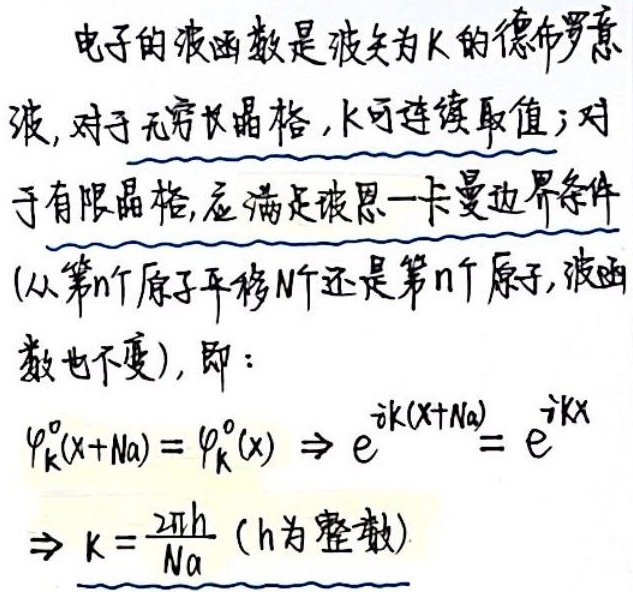
电子的波函数是波矢为$K$的德布罗意
波, 对于无穷长晶格, $k$可连续取值; 对
于有限晶格, 应满足玻恩一卡曼边界条件
(从第$n$个原子平移$N$个还是第$n$个原子, 波函
数也不变), 即：
\[
\begin{align*}
\varphi_{k}^{0}(x + Na)=\varphi_{k}^{0}(x) &\Rightarrow e^{ik(x + Na)} = e^{ikx}\\
&\Rightarrow k=\frac{2\pi h}{Na} \text{（}h\text{为整数）}
\end{align*}
\]